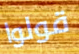
قولوا